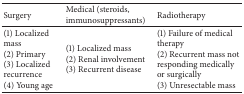
<table><thead><tr><td><b>Surgery</b></td><td><b>Medical (steroids, immunosuppressants)</b></td><td><b>Radiotherapy</b></td></tr></thead><tbody><tr><td>(1) Localized mass(2) Primary(3) Localized recurrence(4) Young age</td><td>(1) Localized mass(2) Renal involvement(3) Recurrent disease</td><td>(1) Failure of medical therapy(2) Recurrent mass not responding medically or surgically(3) Unresectable mass</td></tr></tbody></table>